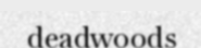
deadwoods